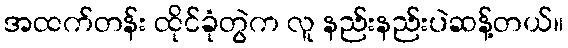
အထက်တန်း ထိုင်ခုံတွဲက လူ နည်းနည်းပဲဆန့်တယ်။